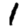
Digit: 1